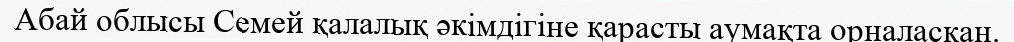
Абай облысы Семей қалалық әкімдігіне қарасты аумақта орналасқан.